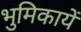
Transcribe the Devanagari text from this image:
भुमिकायें